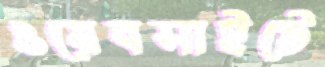
ওয়েবসাইটে